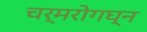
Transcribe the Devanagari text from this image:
चर्मरोगघ्न